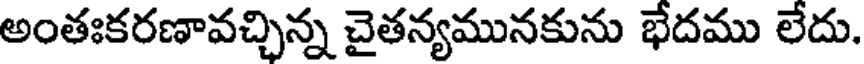
అంతఃకరణావచ్చిన్న చైతన్యమునకును భేదము లేదు.